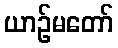
ယာဉ်မတော်